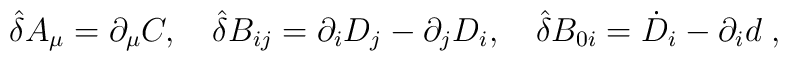
{\hat \delta}A_{\mu}=\partial_{\mu}C,\quad {\hat \delta}B_{ij}=\partial_iD_j-\partial_jD_i,\quad {\hat \delta}B_{0i}={\dot D}_i-\partial_id  \;,